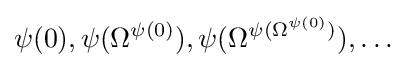
\psi (0),\psi (\Omega ^{\psi (0)}),\psi (\Omega ^{\psi (\Omega ^{\psi (0)})}),\ldots